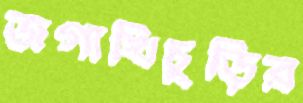
জগাখিচুড়ির